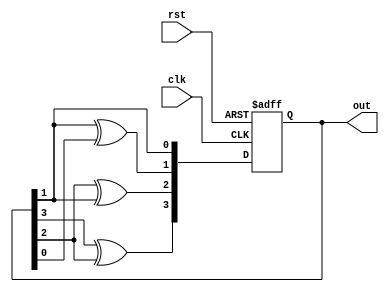
`timescale 1ns / 1ps
module graycodecounter (
  input clk,
  input rst,
  output reg [3:0] out
);

  always @(posedge clk or negedge rst) begin
    if (!rst) begin
      out <= 0;
    end else begin
      out <= out + 1;
      out[3] <= out[3] ^ out[2];
		out[2]<=out[2]^out[1];
		out[1]<=out[1]^out[0];
		out[0]<={out[3],out[2],out[1]};
		
    end
  end

endmodule